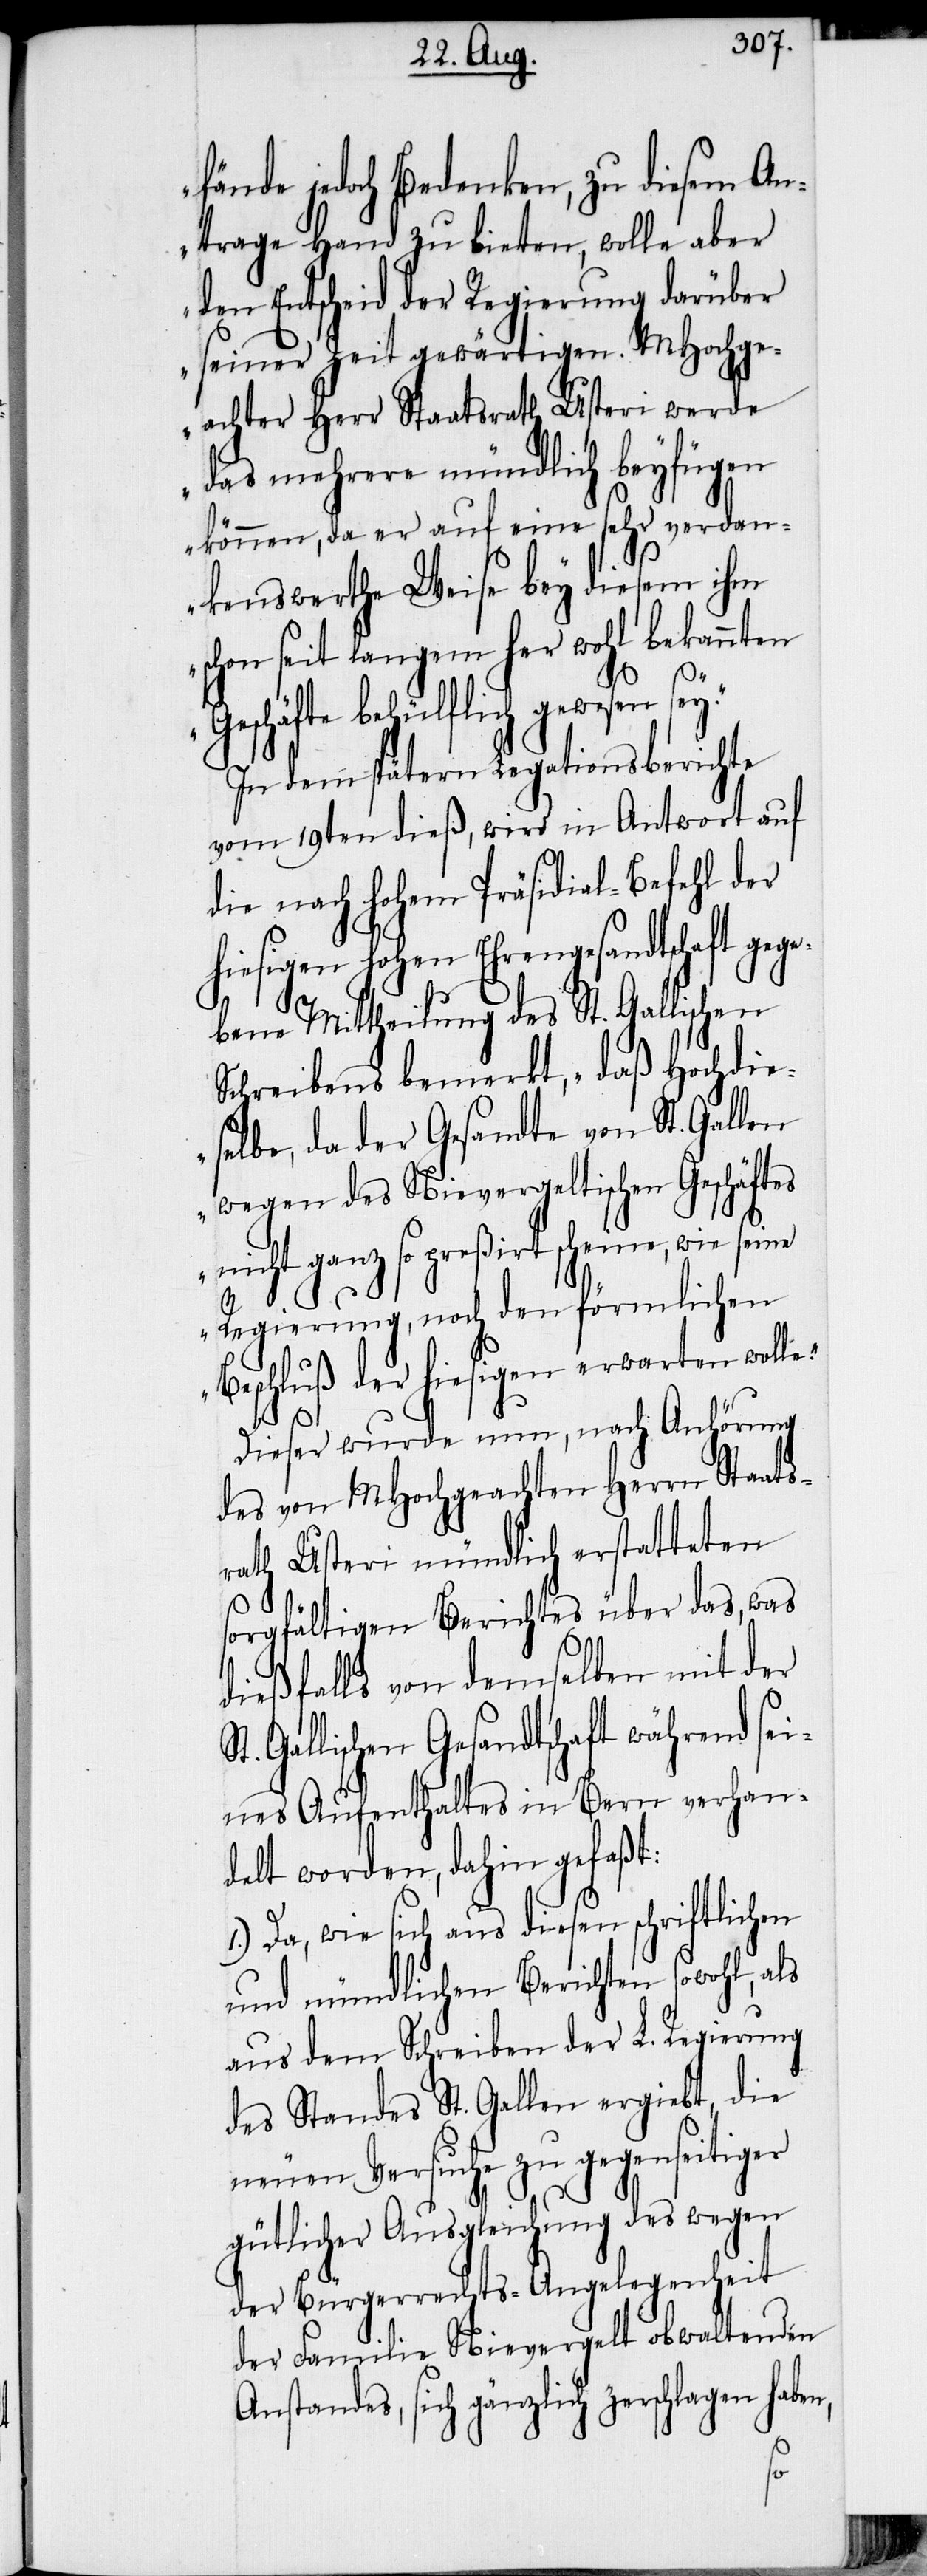
fände jedoch Bedenken, zu diesem An¬
trage Hand zu bieten, wolle aber
den Entscheid der Regierung darüber
seiner Zeit gewärtigen. MHochge¬
achter Herr Staatsrath Usteri werde
das mehrere mündlich beyfügen
können, da er auf eine sehr verdan¬
kenswerthe Weise bey diesem ihm
schon seit langem her wohl bekannten
Geschäfte behülflich gewesen
In dem spätern Legationsberichte
vom 19ten dieß, wird in Antwort auf
die nach hohem Präsidial-Befehl der
hiesigen hohen Ehrengesandtschaft gege¬
bene Mittheilung des St. Gallischen
Schreibens bemerkt, „daß Hochdie¬
selbe, da der Gesandte von St. Gallen
wegen des Nievergeltischen Geschäftes
nicht ganz so preßirt scheine, wie
Regierung, noch den förmlichen
Beschluß der hiesigen erwarten woll¬
e.“
Dieser wurde nun, nach Anhörung
des von MHochgeachten Herrn Staats¬
rath Usteri mündlich erstatteten
sorgfältigen Berichtes über das, was
St.
dießfalls von demselben mit der
Gallischen Gesandtschaft während sei¬
nes Aufenthaltes in Bern verhan¬
delt worden, dahin gefaßt:
1.) Da, wie sich aus diesen schriftlichen
und mündlichen Berichten sowohl, als
aus dem Schreiben der L. Regierung
des Standes St. Gallen ergiebt, die
neuen Versuche zu gegenseitiger
gütlicher Ausgleichung des wegen
der Bürgerrechts-Angelegenheit
der Familie Nievergelt obwaltenden
Anstandes, sich gänzlich zerschlagen haben,